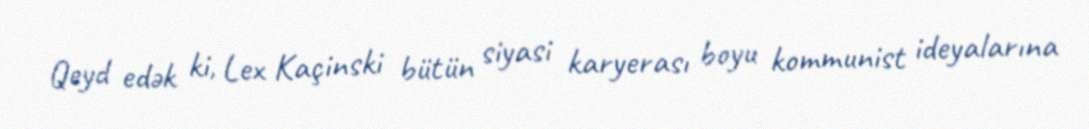
Qeyd edək ki, Lex Kaçinski bütün siyasi karyerası boyu kommunist ideyalarına